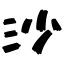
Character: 沙